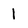
Character: 1